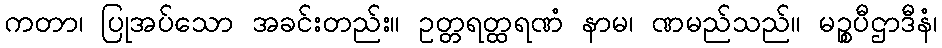
ကတာ၊ ပြုအပ်သော အခင်းတည်း။ ဥတ္တရတ္ထရဏံ နာမ၊ ဏမည်သည်။ မဉ္စပီဌာဒီနံ၊